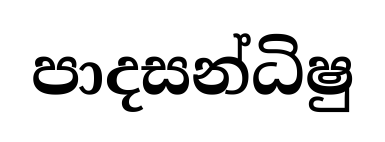
පාදසන්ධිෂු